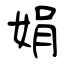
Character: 娟